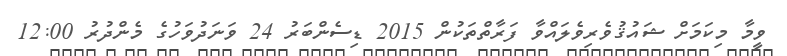
ވީމާ މިކަމަށް ޝައުޤުވެރިވެލައްވާ ފަރާތްތަކުން 2015 ޑިސެންބަރު 24 ވަނަދުވަހުގެ މެންދުރު 12:00